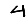
Digit: 4